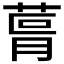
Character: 𮏨